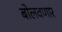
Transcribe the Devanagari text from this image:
बोलवणार